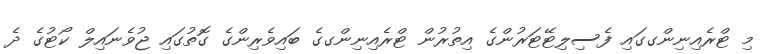
މި ޓްރެއިނިންގގައި ފެސިލިޓޭޓަރުންގެ އިތުރުން ޓްރެއިނިންގގެ ބައިވެރިންގެ ގޮތުގައި ޖުވެނައިލް ކޯޓުގެ ދެ